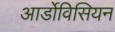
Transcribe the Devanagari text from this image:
आर्डोविसियन